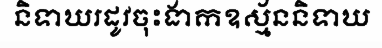
និទាឃរដូវចុះងាកឧស្ម័ននិទាឃ